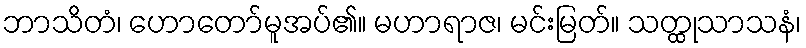
ဘာသိတံ၊ ဟောတော်မူအပ်၏။ မဟာရာဇ၊ မင်းမြတ်။ သတ္ထုသာသနံ၊